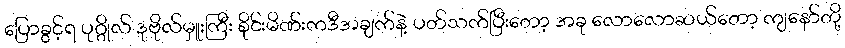
ပြောခွင့်ရ ပုဂ္ဂိုလ် ဒုဗိုလ်မှူးကြီး စိုင်းမိဏ်းကဒီအချက်နဲ့ ပတ်သက်ပြီးတော့ အခု လောလောဆယ်တော့ ကျနော်တို့